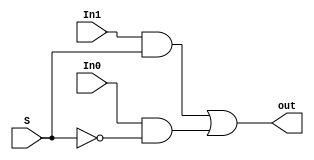
`timescale 1ns / 1ps
//////////////////////////////////////////////////////////////////////////////////
// Company: 
// Engineer: 
// 
// Design Name: 
// Module Name: 2_to_1_mux
// Project Name: 
// Target Devices: 
// Tool Versions: 
// Description: 
// 
// Dependencies: 
// 
// Revision:
// Revision 0.01 - File Created
// Additional Comments:
// 
//////////////////////////////////////////////////////////////////////////////////

// if S = 0, out = In0 
// if S = 1, out = In1
module mux_2_to_1(out, In0, In1, S);
    output out;
    input In0, In1, S;
    
    wire a, b, notS;
    
    not (notS, S);
    and (a, In1, S);
    and (b, In0, notS);
    or (out, a, b);
        
endmodule